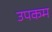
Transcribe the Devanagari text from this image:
उपकम